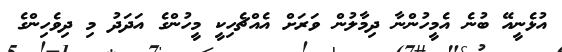
އުޅެެނީއޭ ބުނެ އެމީހުންނާ ދިމާލުން ވަރަށް އެއްޗެހިކީ މީހުންގެ އަދަދު މި ދިވެހިންގެ